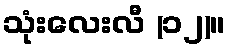
သုံးလေးလီ (၁၂)။